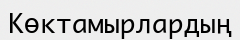
Көктамырлардың